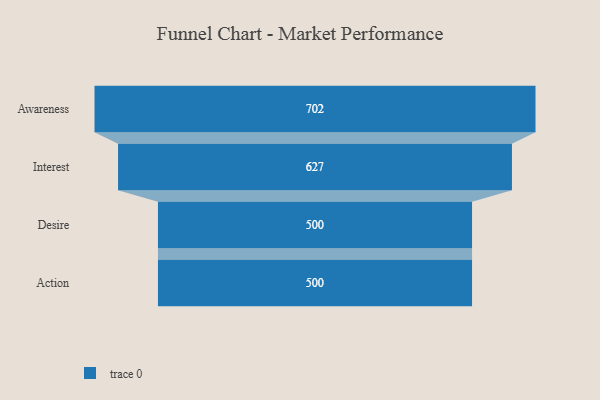
{"axis": {"x": "Stage", "y": "Value"}, "legend": [""], "data": [{"x": "Awareness", "y": 702.0, "type": ""}, {"x": "Interest", "y": 627.0, "type": ""}, {"x": "Desire", "y": 500, "type": ""}, {"x": "Action", "y": 500, "type": ""}]}